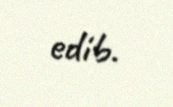
edib.